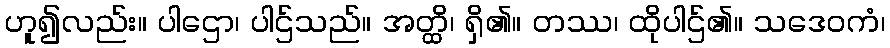
ဟူ၍လည်း။ ပါဌော၊ ပါဌ်သည်။ အတ္ထိ၊ ရှိ၏။ တဿ၊ ထိုပါဌ်၏။ သဒေဝကံ၊